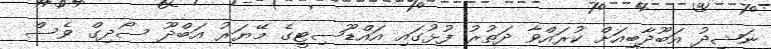
ނަޝީދު އަބޫދާބީއަށް ކުރައްވާ ދަތުރު ފުޅުގައި އައްޑޫސިޓީގެ މޭޔަރު އަބްދޫ ސޯދިގް ވެސް